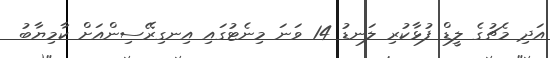
އަދި މެޗުގެ ލީޑް ފުޅާކުރި ލަނޑު 14 ވަނަ މިނެޓުގައި އިނގިރޭސިންއަށް ކާމިޔާބު